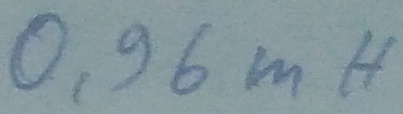
Text: 0,96mH